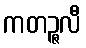
ကတဉ္ဇလီ